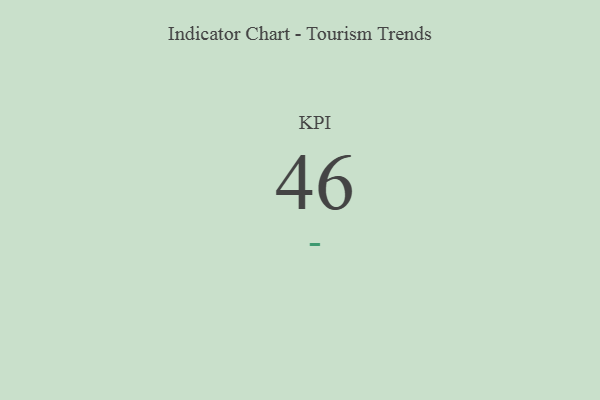
{"axis": {"x": "KPI", "y": "Value"}, "legend": [""], "data": [{"x": "KPI", "y": 46, "type": ""}]}